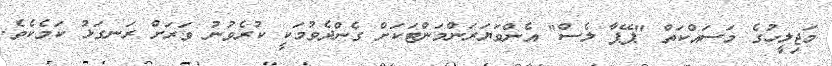
މަޖިލީހުގެ މަސައްކަތް "ޕޭޕާ ލެސް" އެންވަޔަރަންމަންޓަކަށް ގެންދެވުމަކީ ކުރެވުނު ވަރަށް ރަނގަޅު ކަމެކެވެ.